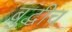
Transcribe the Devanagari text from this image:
बुद्धीच